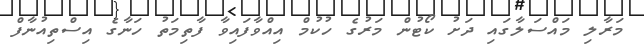
މަރާލި މައްސަލާގައި ދަށު ކޯޓުން މަރުގެ ހުކުމް އިއްވާފައިވާ ފާތިމަތު ހަނާގެ އިސްތިއުނާފް